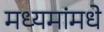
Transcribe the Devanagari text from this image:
मध्यमांमधे